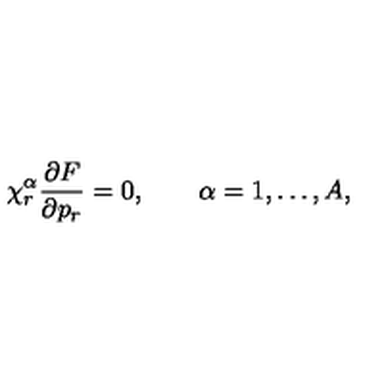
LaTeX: \chi _ { r } ^ { \alpha } \frac { \partial F } { \partial p _ { r } } = 0 , \qquad \alpha = 1 , \ldots , A ,